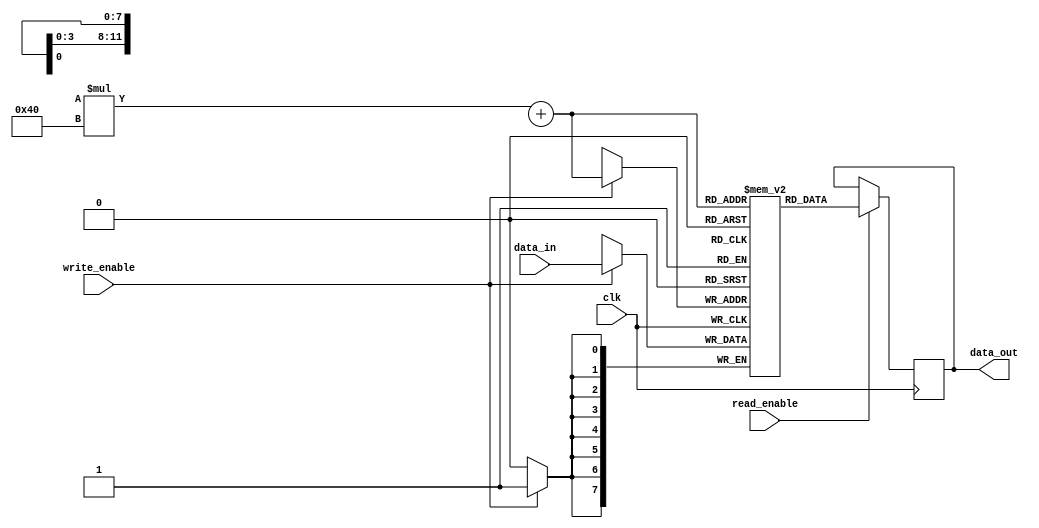
module dram (
    input wire clk,
    input wire write_enable,
    input wire read_enable,
    input wire [7:0] data_in,
    output reg [7:0] data_out
);

// Memory cell array structure
reg [7:0] memory_array [0:63][0:63];

// Row and column address decoders
reg [5:0] row_address;
reg [5:0] column_address;

always @ (posedge clk) begin
    if (write_enable) begin
        memory_array[row_address][column_address] <= data_in;
    end
    if (read_enable) begin
        data_out <= memory_array[row_address][column_address];
    end
end

// Sense amplifier to read and amplify data
reg [7:0] sense_amplifier;

always @ (posedge clk) begin
    sense_amplifier <= memory_array[row_address][column_address];
end

// Control logic for managing operations
always @ (posedge clk) begin
    // Insert control logic here
end

endmodule